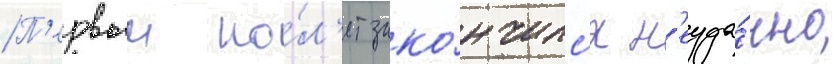
П'ервыи по́л'ет зако́нчилс'я н'еуда́чно